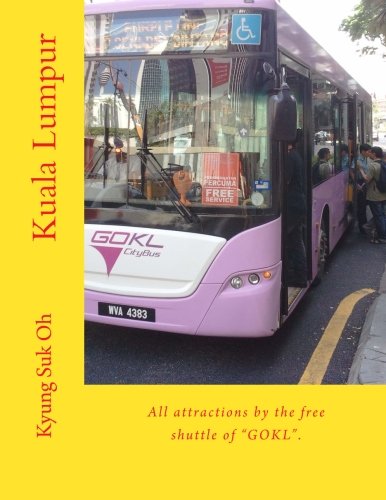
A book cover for Kuala Lumpur: All attractions by the free shuttle of "GOKL".; Kyung Suk Oh; Travel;